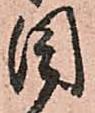
目